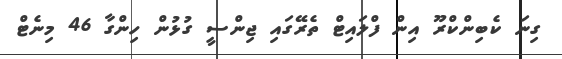
ގިނަ ކެބިންކްރޫ އިން ފްލައިޓް ތެރޭގައި ޖިންސީ ގުޅުން ހިންގާ 46 މިނެޓް